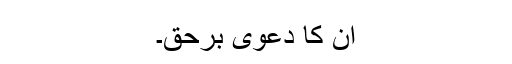
ان کا دعویٰ برحق۔